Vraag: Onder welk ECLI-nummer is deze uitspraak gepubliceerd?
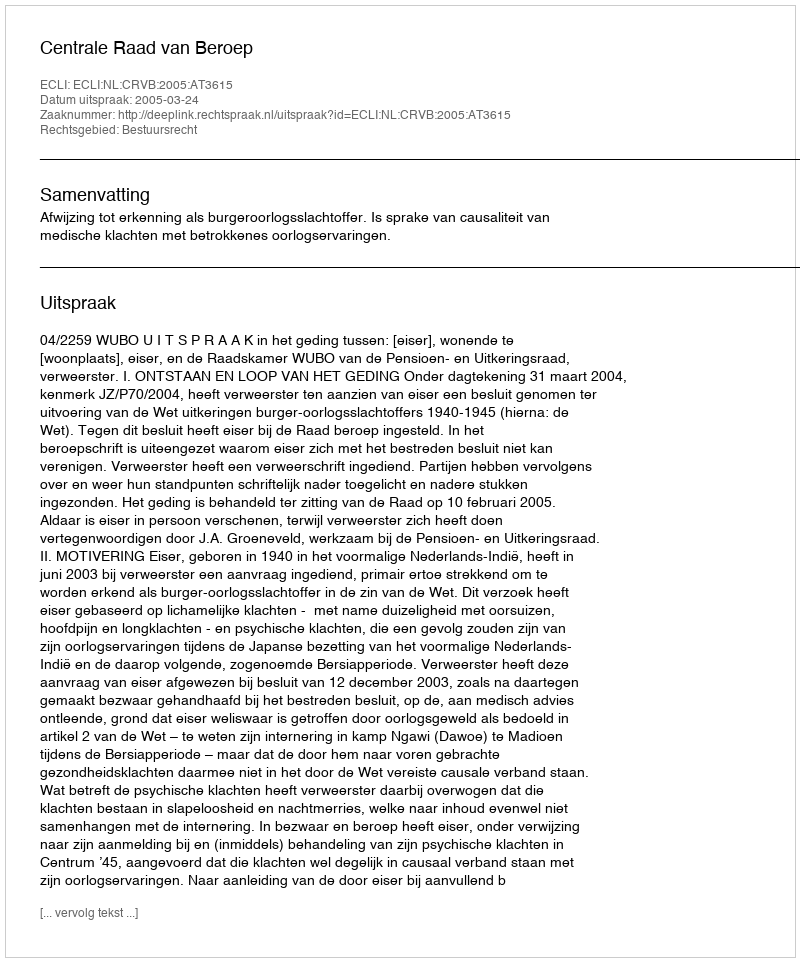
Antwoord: ECLI:NL:CRVB:2005:AT3615